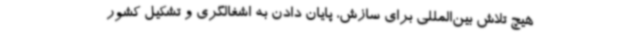
هیچ تلاش بین‌المللی برای سازش، پایان دادن به اشغالگری و تشکیل کشور